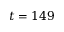
t = 1 4 9